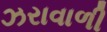
ઝરાવાળી